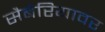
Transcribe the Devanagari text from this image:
सैबेरियावर